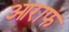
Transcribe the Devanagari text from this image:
आराफ